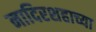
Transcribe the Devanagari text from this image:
नादिरशहाच्या